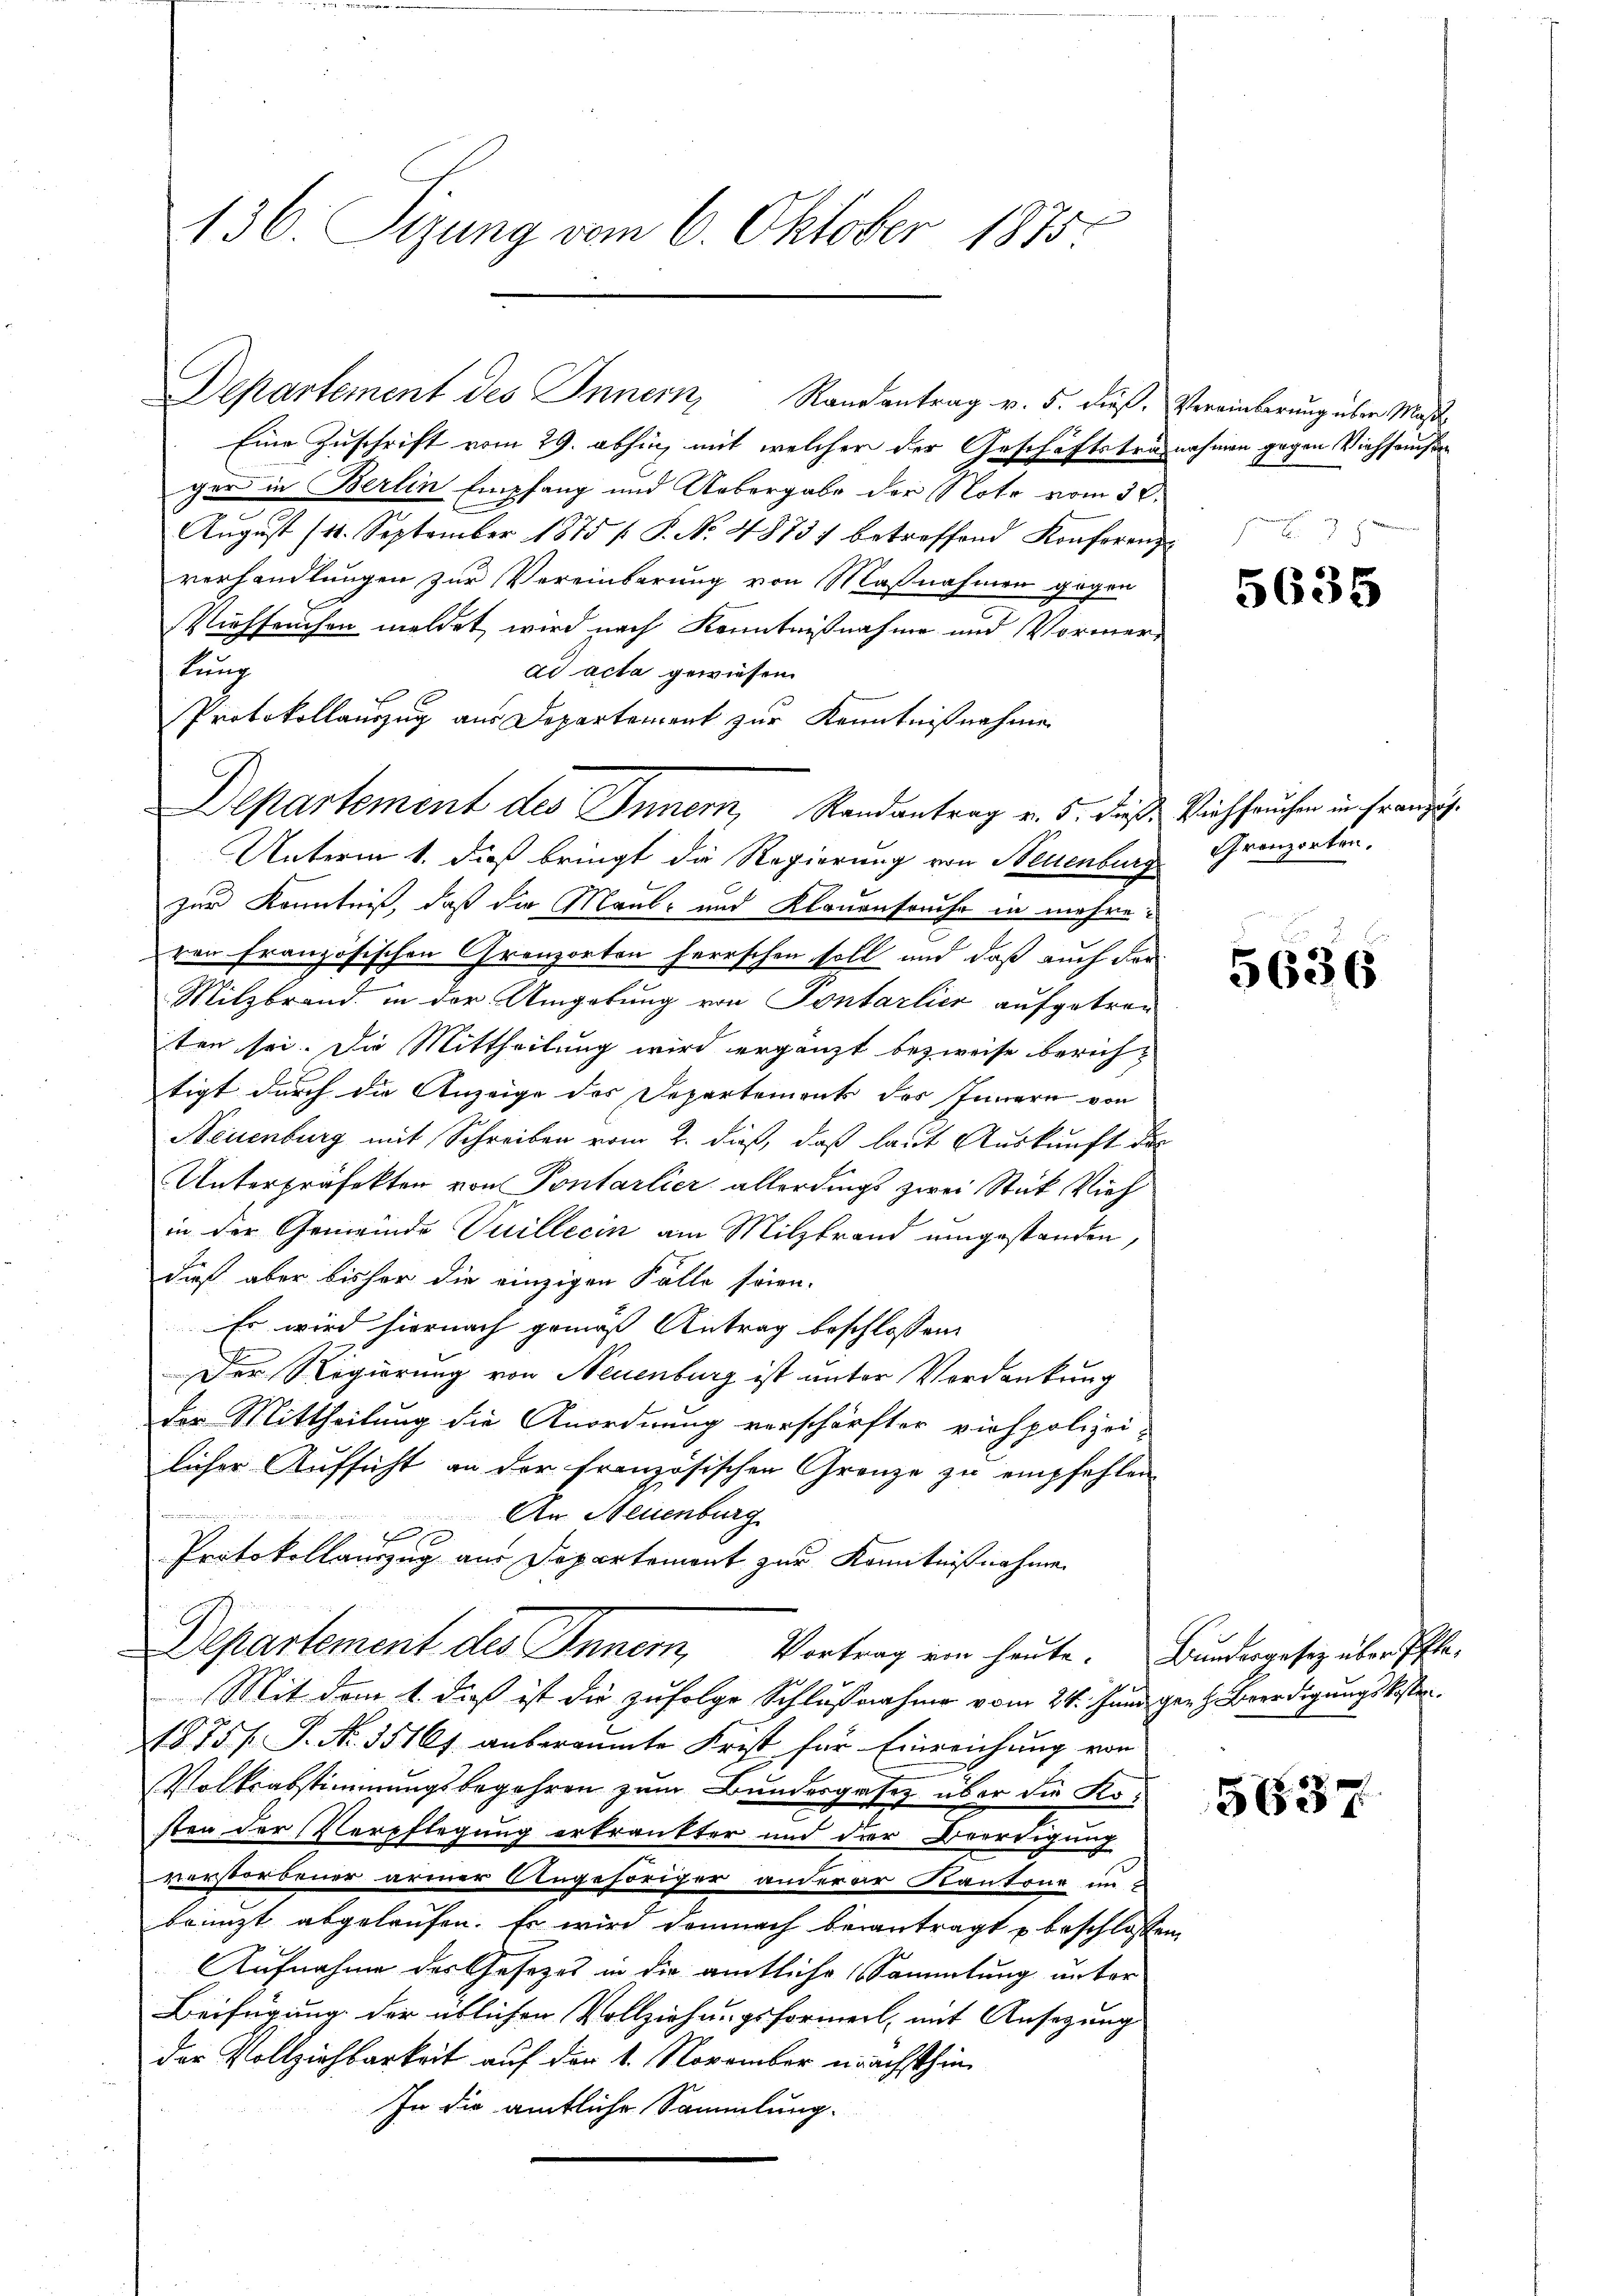
136. Sizung vom 6. Oktober 1875

Departement des Innern Randantrag v. 5. dieß.

Eine Zuschrift vom 29. abhing mit welcher der Geschäftstragnahmen gegen Viehhausen
ger in Berlin Empfang und Uebergabe der Note vom 30.
August (11. September 1875 [ P. No. 4873) betroffend Konferenz
verhandlungen zur Vereinbarung von Maßnahmen gegen
Viehseuchen meldet wird nach Kenntnißnahme und Vormerlung
ad acta gewiesen.
Protokollauszug aus Departement zur Kenntnißnahme
Unterm 1. dieß bringt die Regierung von Neuenburg Granzorten.
zur Kenntniß, daß die Maul- und Klauenspruche in mehreven französischen Granzorten herrschen soll und daß auch der
Milzbrand in der Umgebung von Pontarlier aufgetren
ten sei. Die Mittheilung wird ergänzt bezweife berichtigt durch die Anzeige des Departements des Innern von
Neuenburg mit Schreiben vom 2. dieß, daß laut Auskunft de
Unterpräfekten von Pontarlier allerdings zwei Stük Vieh
in der Gemeinde Suillecin am Milzbrand umgestanden,
dieß aber bisher die einzigen Falle seien.
Es wird hiernach gemäß Antrag beschlossen:
Der Regierung von Neuenburg ist unter Verdankung
der Mittheilung die Anordnung verschärfter Viehpolizei-
licher Aufsicht an der französischen Gränze zu empfehlen
An Neuenburg
1
Protokollauszug aus Departement zur Kenntnißnahme
Departement des Innern, Vortrag ein heute. Bundergesetz über Ehe¬
Mit dem 1. dieß ist die zufolge Schlußnahme vom 24. Juni genz Beerdigungskoster
1875 f. P. Nr. 351 f. anberaumte Frist für Einreichung von
Volksabstimmungsbegehren zum Bundesgesez über die Kosten der Verpflegung erkränkter und der Beerdigung
verstorbener armer Angehöriger anderer Kantona in
bringt abgelaufen. Er wird demnach beantragt u beschlossen
Aufnahme des Gesezes in die amtliche Sammlung unter
Beifügung der üblichen Vollziehungsformerl, mit Ansezung
der Vollziehbarkeit auf der 1. November nächsthin
In die amtliche Sammlung.

Departement des Innern, Randantrag v. 5. diese Verspruchen in Franzu¬

Vereinbarung über Maß

s

5635

5636

5637.